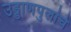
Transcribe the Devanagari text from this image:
उड्डाणपुलांचे